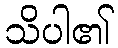
သိပါ၏